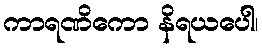
ကာရဏိကော နိရယပေါ၊